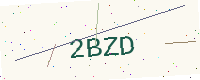
Text: 2BZD